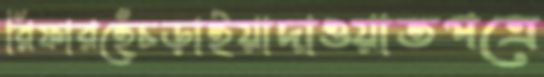
রিফারহেঁচড়াইয়াদাওয়াতপত্রে